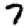
Digit: 7